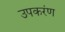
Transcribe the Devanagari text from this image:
उपकरंण